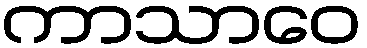
ကာသာဝေ